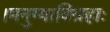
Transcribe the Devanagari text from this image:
।मनुष्याविग्रहाः